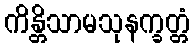
ကိန္တိသာမသုနက္ခတ္တံ